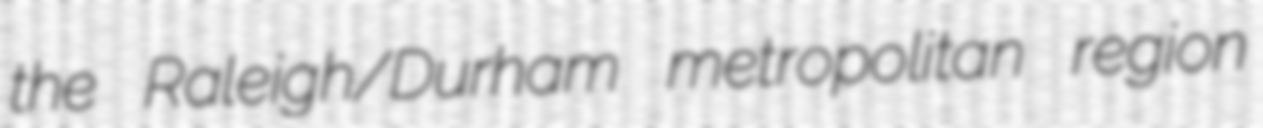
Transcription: the Raleigh/Durham metropolitan region